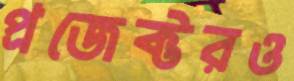
প্রজেক্টরও